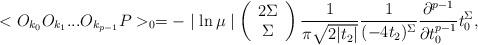
LaTeX: \begin{align*}<O_{k_{0}} O_{k_{1}} ... O_{k_{p-1}} P>_{0} = - \mid \ln \mu \mid \left( \begin{array}{c} 2\Sigma \\ \Sigma \end{array} \right)\frac{1}{\pi \sqrt{2|t_{2}|}} \frac{1}{(-4t_{2})^{\Sigma}}\frac{\partial ^{p-1}}{\partial t_{0} ^{p-1}} t_{0} ^{\Sigma},\end{align*}